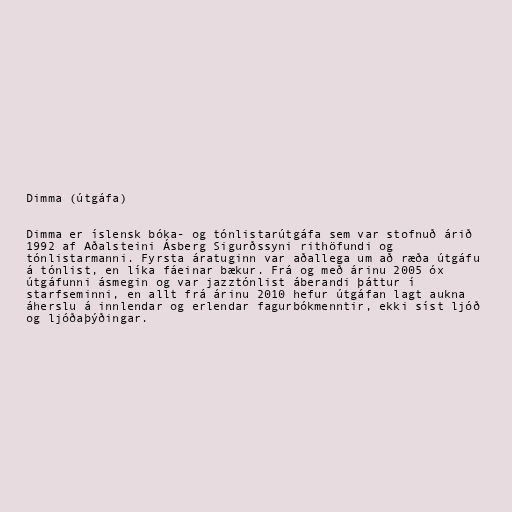
Dimma (útgáfa)

Dimma er íslensk bóka- og tónlistarútgáfa sem var stofnuð árið
1992 af Aðalsteini Ásberg Sigurðssyni rithöfundi og
tónlistarmanni. Fyrsta áratuginn var aðallega um að ræða útgáfu
á tónlist, en líka fáeinar bækur. Frá og með árinu 2005 óx
útgáfunni ásmegin og var jazztónlist áberandi þáttur í
starfseminni, en allt frá árinu 2010 hefur útgáfan lagt aukna
áherslu á innlendar og erlendar fagurbókmenntir, ekki síst ljóð
og ljóðaþýðingar.